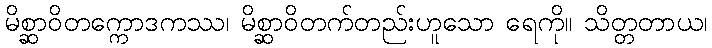
မိစ္ဆာဝိတက္ကောဒကဿ၊ မိစ္ဆာဝိတက်တည်းဟူသော ရေကို။ သိတ္တတာယ၊